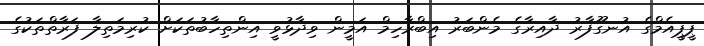
ޕީޕީއެމްގެ އުނގޫފާރު ދާއިރާގެ މެންބަރު އިބްރާހިމް އަމީން ވިދާޅުވީ އިންތިހާބުތަކަށް ކުރިމަތިލާ ފަރާތްތަކުގެ